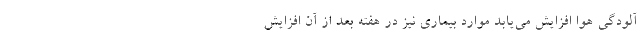
آلودگی هوا افزایش می‌یابد موارد بیماری نیز در هفته بعد از آن افزایش